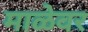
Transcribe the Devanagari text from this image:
माळेवर